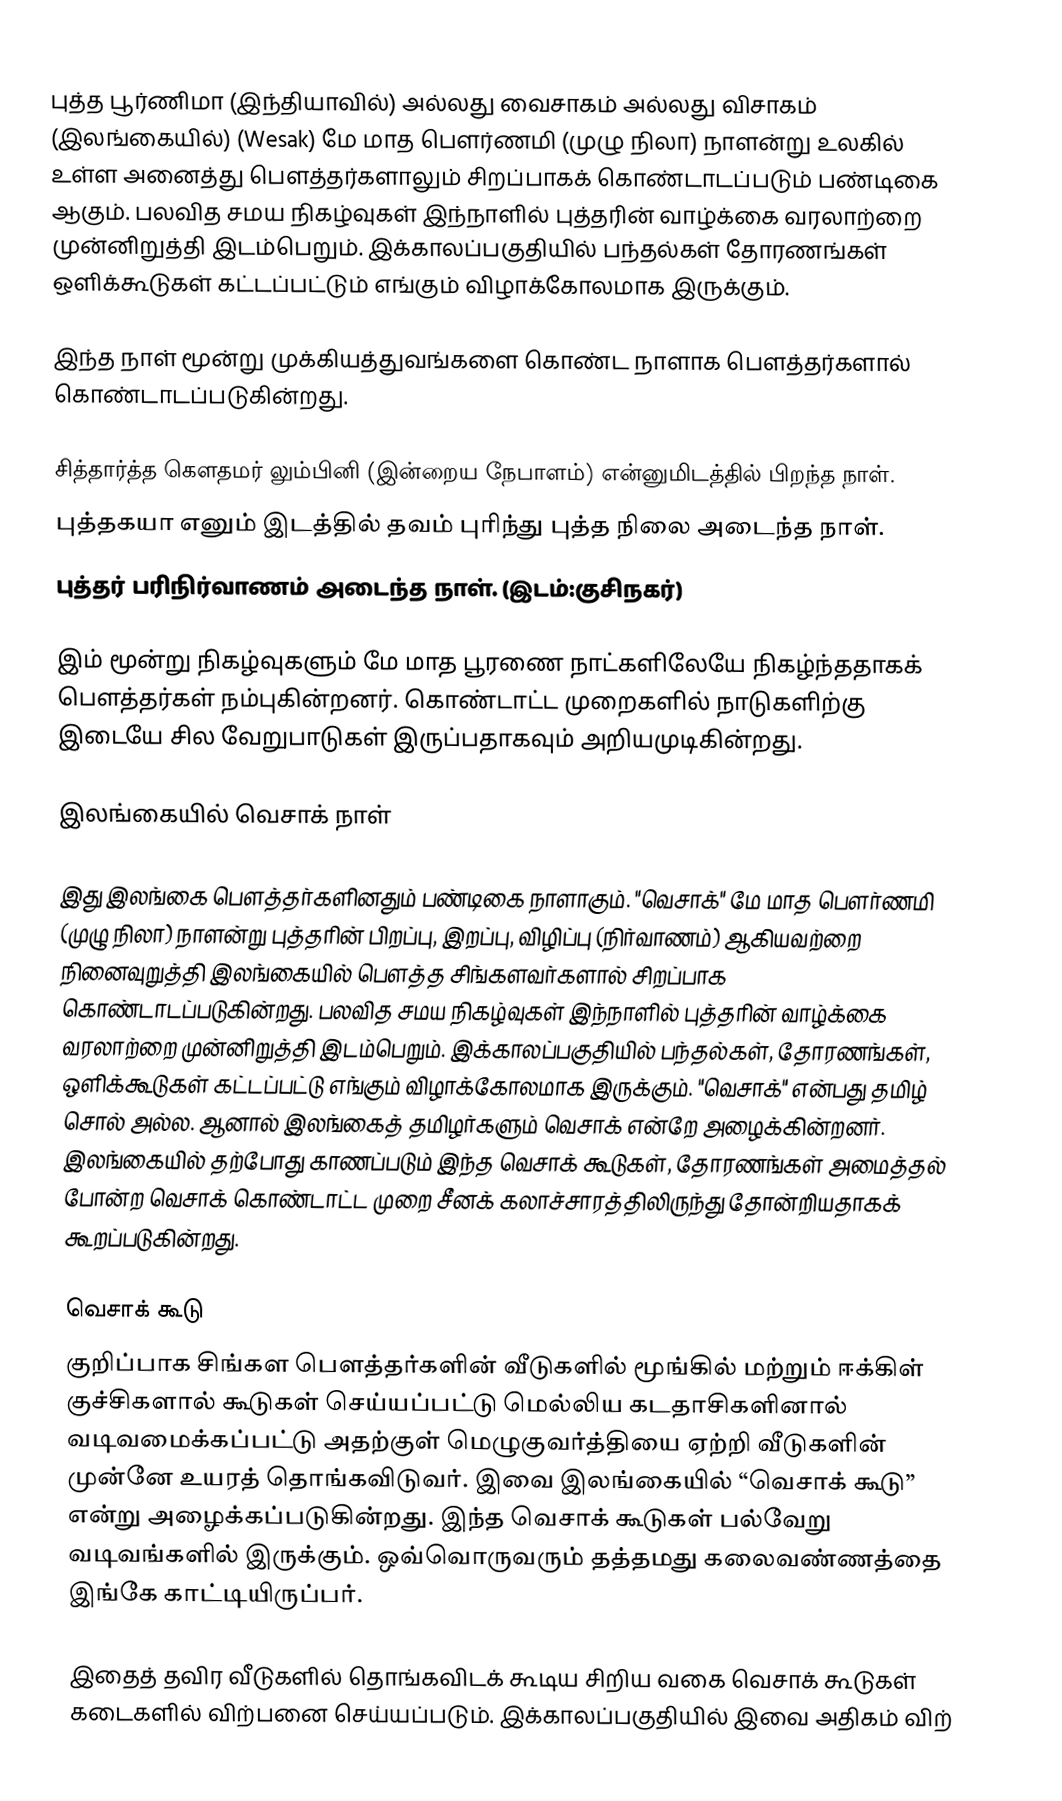
புத்த பூர்ணிமா (இந்தியாவில்) அல்லது வைசாகம் அல்லது விசாகம் (இலங்கையில்) (Wesak) மே மாத பௌர்ணமி (முழு நிலா) நாளன்று உலகில் உள்ள அனைத்து பௌத்தர்களாலும் சிறப்பாகக் கொண்டாடப்படும் பண்டிகை ஆகும். பலவித சமய நிகழ்வுகள் இந்நாளில் புத்தரின் வாழ்க்கை வரலாற்றை முன்னிறுத்தி இடம்பெறும். இக்காலப்பகுதியில் பந்தல்கள் தோரணங்கள் ஒளிக்கூடுகள் கட்டப்பட்டும் எங்கும் விழாக்கோலமாக இருக்கும்.

இந்த நாள் மூன்று முக்கியத்துவங்களை கொண்ட நாளாக பௌத்தர்களால் கொண்டாடப்படுகின்றது.

 சித்தார்த்த கௌதமர் லும்பினி (இன்றைய நேபாளம்) என்னுமிடத்தில் பிறந்த நாள்.
 புத்தகயா எனும் இடத்தில் தவம் புரிந்து புத்த நிலை அடைந்த நாள்.
 புத்தர் பரிநிர்வாணம் அடைந்த  நாள். (இடம்:குசிநகர்)

இம் மூன்று நிகழ்வுகளும் மே மாத பூரணை நாட்களிலேயே நிகழ்ந்ததாகக் பௌத்தர்கள் நம்புகின்றனர். கொண்டாட்ட முறைகளில் நாடுகளிற்கு இடையே சில வேறுபாடுகள் இருப்பதாகவும் அறியமுடிகின்றது.

இலங்கையில் வெசாக் நாள்

இது இலங்கை பௌத்தர்களினதும் பண்டிகை நாளாகும். "வெசாக்" மே மாத பௌர்ணமி (முழு நிலா) நாளன்று புத்தரின் பிறப்பு, இறப்பு, விழிப்பு (நிர்வாணம்) ஆகியவற்றை நினைவுறுத்தி இலங்கையில் பௌத்த சிங்களவர்களால் சிறப்பாக கொண்டாடப்படுகின்றது. பலவித சமய நிகழ்வுகள் இந்நாளில் புத்தரின் வாழ்க்கை வரலாற்றை முன்னிறுத்தி இடம்பெறும். இக்காலப்பகுதியில் பந்தல்கள், தோரணங்கள், ஒளிக்கூடுகள் கட்டப்பட்டு எங்கும் விழாக்கோலமாக இருக்கும். "வெசாக்" என்பது தமிழ் சொல் அல்ல. ஆனால் இலங்கைத் தமிழர்களும் வெசாக் என்றே அழைக்கின்றனர். இலங்கையில் தற்போது காணப்படும் இந்த வெசாக் கூடுகள், தோரணங்கள் அமைத்தல் போன்ற வெசாக் கொண்டாட்ட முறை சீனக் கலாச்சாரத்திலிருந்து தோன்றியதாகக் கூறப்படுகின்றது.

வெசாக் கூடு
குறிப்பாக சிங்கள பௌத்தர்களின் வீடுகளில் மூங்கில் மற்றும் ஈக்கிள் குச்சிகளால் கூடுகள் செய்யப்பட்டு மெல்லிய கடதாசிகளினால் வடிவமைக்கப்பட்டு அதற்குள் மெழுகுவர்த்தியை ஏற்றி வீடுகளின் முன்னே உயரத் தொங்கவிடுவர். இவை இலங்கையில் “வெசாக் கூடு” என்று அழைக்கப்படுகின்றது. இந்த வெசாக் கூடுகள் பல்வேறு வடிவங்களில் இருக்கும். ஒவ்வொருவரும் தத்தமது கலைவண்ணத்தை இங்கே காட்டியிருப்பர்.

இதைத் தவிர வீடுகளில் தொங்கவிடக் கூடிய சிறிய வகை வெசாக் கூடுகள் கடைகளில் விற்பனை செய்யப்படும். இக்காலப்பகுதியில் இவை அதிகம் விற்